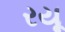
રયૂ